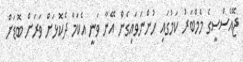
ޖޭއެސްސީގެ މެމްބަރު ކަމުގައި ހުންނަވައިގެން އޭނާ ވަނީ އެކަމާ ދެކޮޅަށް ވަރަށް ބޮޑަށް